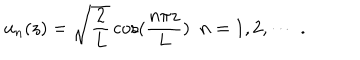
u _ { n } ( z ) = \sqrt { \frac { 2 } { L } } \cos ( \frac { n \pi z } { L } ) \, \, \, n = 1 , 2 , \cdots \; .